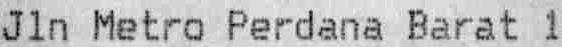
JLN METRO PERDANA BARAT 1